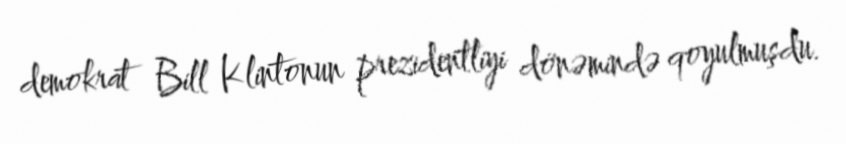
demokrat Bill Klintonun prezidentliyi dönəmində qoyulmuşdu.